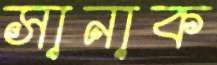
সানাক